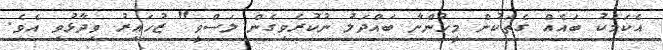
އެކަމަކު ބައެއް ގެތަކުން މީހުންނާ ބައްދަލު ނުކުރެވިގެން ލަސްވީ" ޒުހައިރު ވިދާޅުވި އެވެ.